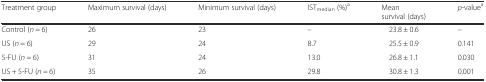
<table><thead><tr><td><b>Treatment group</b></td><td><b>Maximum survival (days)</b></td><td><b>Minimum survival (days)</b></td><td><b>IST<sub>median</sub> (%)<sup>a</sup></b></td><td><b>Meansurvival (days)</b></td><td><b><i>p</i>-value<sup>a</sup></b></td></tr></thead><tbody><tr><td>Control (<i>n</i> = 6)</td><td>26</td><td>23</td><td>–</td><td>23.8 ± 0.6</td><td>–</td></tr><tr><td>US (<i>n</i> = 6)</td><td>29</td><td>24</td><td>8.7</td><td>25.5 ± 0.9</td><td>0.141</td></tr><tr><td>5-FU (<i>n</i> = 6)</td><td>31</td><td>24</td><td>13.0</td><td>26.8 ± 1.1</td><td>0.030</td></tr><tr><td>US + 5-FU (<i>n</i> = 6)</td><td>35</td><td>26</td><td>29.8</td><td>30.8 ± 1.3</td><td>0.001</td></tr></tbody></table>